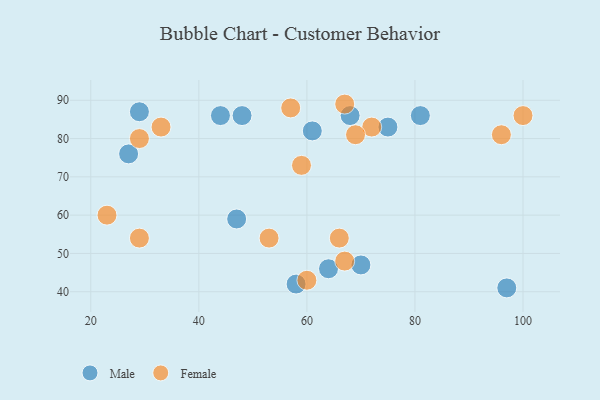
{"axis": {"x": "GDP", "y": "Life Expectancy"}, "legend": ["Female", "Male"], "data": [{"x": "68", "y": 86, "type": "Male"}, {"x": "27", "y": 76, "type": "Male"}, {"x": "97", "y": 41, "type": "Male"}, {"x": "58", "y": 42, "type": "Male"}, {"x": "81", "y": 86, "type": "Male"}, {"x": "44", "y": 86, "type": "Male"}, {"x": "70", "y": 47, "type": "Male"}, {"x": "48", "y": 86, "type": "Male"}, {"x": "64", "y": 46, "type": "Male"}, {"x": "47", "y": 59, "type": "Male"}, {"x": "61", "y": 82, "type": "Male"}, {"x": "29", "y": 87, "type": "Male"}, {"x": "75", "y": 83, "type": "Male"}, {"x": "53", "y": 54, "type": "Female"}, {"x": "67", "y": 48, "type": "Female"}, {"x": "72", "y": 83, "type": "Female"}, {"x": "100", "y": 86, "type": "Female"}, {"x": "29", "y": 54, "type": "Female"}, {"x": "69", "y": 81, "type": "Female"}, {"x": "59", "y": 73, "type": "Female"}, {"x": "33", "y": 83, "type": "Female"}, {"x": "66", "y": 54, "type": "Female"}, {"x": "23", "y": 60, "type": "Female"}, {"x": "96", "y": 81, "type": "Female"}, {"x": "29", "y": 80, "type": "Female"}, {"x": "57", "y": 88, "type": "Female"}, {"x": "60", "y": 43, "type": "Female"}, {"x": "67", "y": 89, "type": "Female"}]}